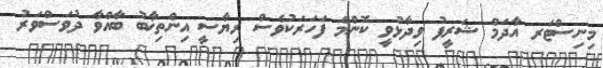
މިނިސްޓަރ އާދަމް ޝަރީފު ވިދާޅުވީ ކޮންމެ ފަހަރަކުވެސް ރިޔާސީ އިންތިޚާބު ބާއްވާ ދުވަސްވަރު